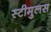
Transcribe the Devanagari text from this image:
स्टीमुलस